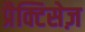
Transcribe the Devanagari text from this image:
प्रैक्टिसेज़